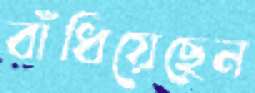
বাঁধিয়েছেন